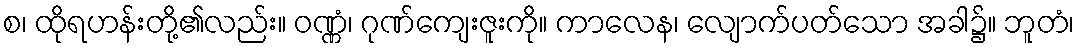
စ၊ ထိုရဟန်းတို့၏လည်း။ ဝဏ္ဏံ၊ ဂုဏ်ကျေးဇူးကို။ ကာလေန၊ လျောက်ပတ်သော အခါ၌။ ဘူတံ၊